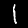
Digit: 1